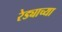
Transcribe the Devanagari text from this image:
रेड्याच्या